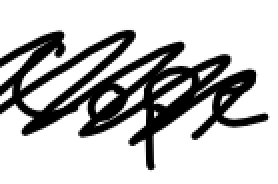
Text: Cope
Cross-out: scratch
Writing tool: digital_black